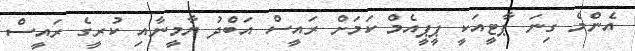
އެންމެ ގިނަ ޕާޓީއަކީ ޕީޕީއެމް ކަމަށް ރައީސް އަބްދު ޔާމީނާއި ކުރީގެ ރައީސް